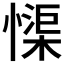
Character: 𱟏